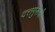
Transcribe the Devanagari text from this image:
दत्तगुरूंची